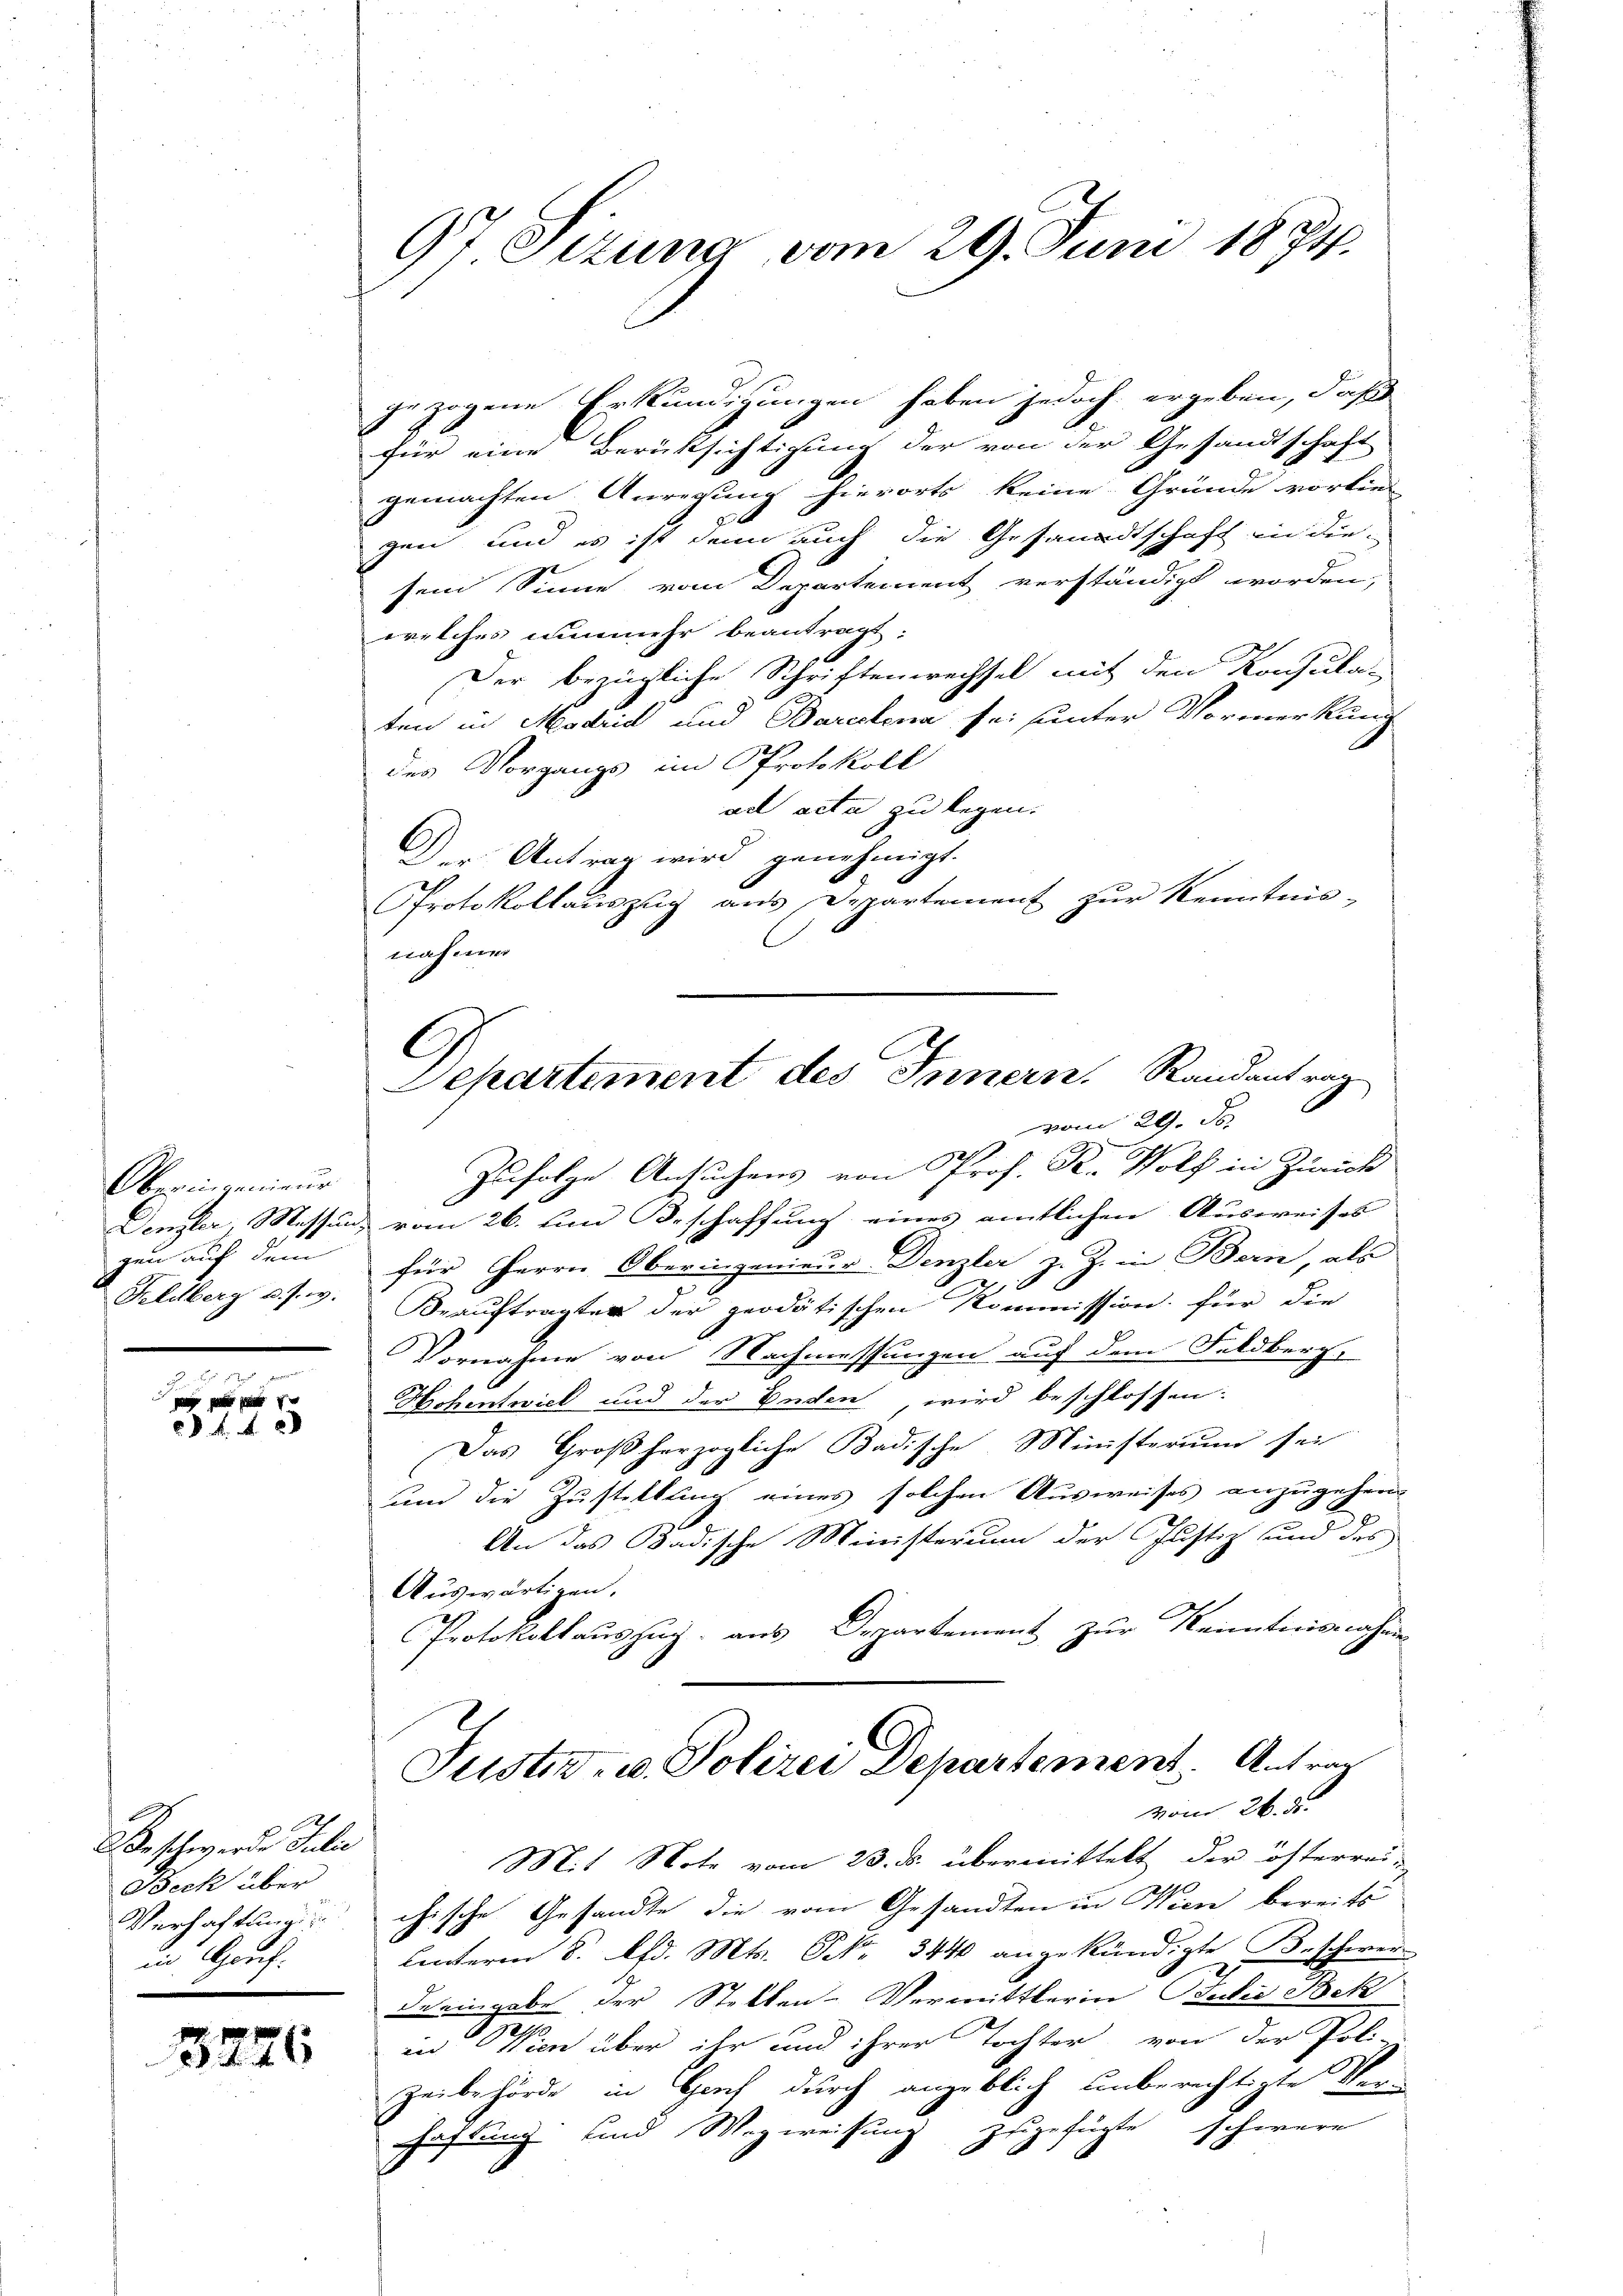
Ober in genieur
gen auf dem
Feldberg v. J. v.

f 4 x

B. schwerden Julie
Beck über
Verhaftung
ain Spruch.

3276

97 Sizung vom 29. Juni 1874.

gezogene Erkundigungen haben jedoch ergeben, daß
für eine Berücksichtigung der von der Gesandtschaft
gemachten Anregung hierorts keine Gründe vorlie-
2
gen, und es ist denn auch die Gesandtschaft in die
sem Sinne vom Departement verständigt worden;
welches nunmehr beantragt:
Der bezügliche Schriftenwechsel mit den Konsulat
ten in Madrid und Barcelona sei sunter Vormerkung
des Vorgangs im Protokoll
ad acta zu legen.
D Antrag wird genehmigt.
Protokollauszug aus Departement zur Kenntnis-
nahmen

C
Separtement des Innern. Randantrag
vom 29. J

Zufolge Ansuchens von Prof. R. Wolf in Zürich
Denzler, Messens vom 26. Ein Beschaffung eines amtlichen Ausweises
für Herrn Oberingenieur Denzler z. Z. in Bern, als
Beauftragter der geodätischen Kommission für die
Vornahme von Nachmessungen auf dem Feldberg,
Hichentwick und der Enden, wird beschlossen:
Das Großherzogliche Badische Ministerium sei
um die Zustellung eines solchen Ausweises anzugehen
1
An das Badische Ministerum der Justiz und des
Auswärtigen.
Protokollauszug aus Departement zur Kenntnisnahme
Justiz- u. Polizei Departement. Antrag
vom 26. d.
Mit Note vom 23. ds. übermittelt der österrei-
1
chische Gesandte die vom Gesandten in Wien bereits
Lnteren 8. d. Mts. S. 344 angekündigte Beschwer-
Deeingabe der Stellen-Vermittlerin Bedie Bek
in Wien über ihr und ihrer Tochter von der Poli-
zeibehörde in Bruch durch angeblich unberichtigte Verhaftung und Wegweisung zugefügte schwere